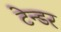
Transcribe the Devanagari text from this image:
टेन्‍डर